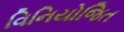
વિનિયોજિત